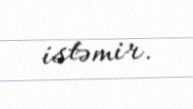
istəmir.